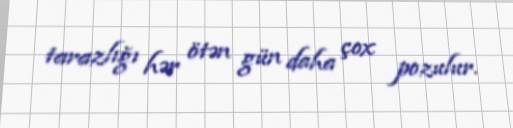
tarazlığı hər ötən gün daha çox pozulur.